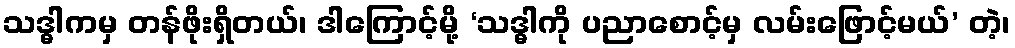
သဒ္ဓါကမှ တန်ဖိုးရှိတယ်၊ ဒါကြောင့်မို့ ‘သဒ္ဓါကို ပညာစောင့်မှ လမ်းဖြောင့်မယ်’ တဲ့၊